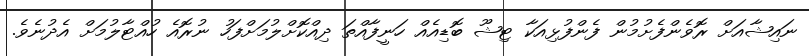
ނައިޝާއަށް ރޮވެންފެށުމުން ފެންފުޅިއަކާ ޓިޝޫ ބޮޑިއެއް ހަނީފާއްތަ ދިއްކޮށްލުމަށްފަހު ނުރޮއެ ހުއްޓާލުމަށް އެދުނެވެ.